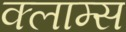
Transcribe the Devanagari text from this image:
क्लाम्स